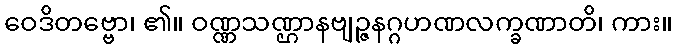
ဝေဒိတဗ္ဗော၊ ၏။ ဝဏ္ဏသဏ္ဌာနဗျဉ္ဇနဂ္ဂဟဏလက္ခဏာတိ၊ ကား။